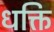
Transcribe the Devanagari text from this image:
धक्ति